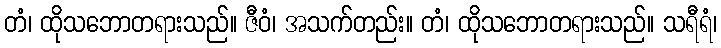
တံ၊ ထိုသဘောတရားသည်။ ဇီဝံ၊ အသက်တည်း။ တံ၊ ထိုသဘောတရားသည်။ သရီရံ၊